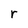
Character: r